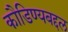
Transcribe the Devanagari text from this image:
कौडिण्यबद्दल